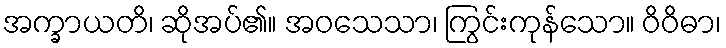
အက္ခာယတိ၊ ဆိုအပ်၏။ အဝသေသာ၊ ကြွင်းကုန်သော။ ဝိဝိဓာ၊